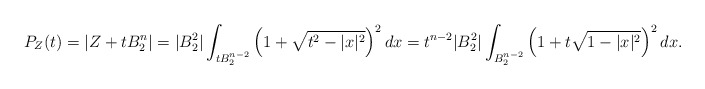
\begin{align*}P_Z(t)=|Z+tB_2^n|= |B_2^2|\int_{tB_2^{n-2}}\left(1+\sqrt{t^2-|x|^2}\right)^{2}dx=t^{n-2} |B_2^{2}|\int_{B_2^{n-2}}\left(1+t\sqrt{1-|x|^2}\right)^{2}dx.\end{align*}